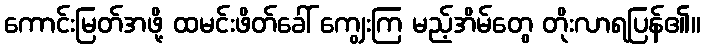
ကောင်းမြတ်အဖို့ ထမင်းဖိတ်ခေါ် ကျွေးကြ မည့်အိမ်တွေ တိုးလာရပြန်၏။